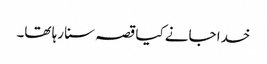
خدا جانے کیا قصہ سنا رہا تھا۔